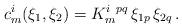
LaTeX: \begin{align*}c^i_m(\xi_1,\xi_2)= K^{i~pq}_m\,\xi_{1p}\,\xi_{2q}\,. \end{align*}